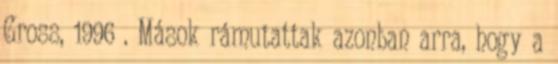
Gross, 1996 . Mások rámutattak azonban arra, hogy a